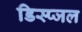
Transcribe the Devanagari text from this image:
डिस्प्जल